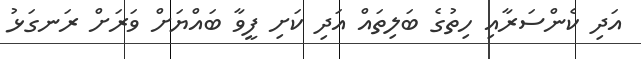
އަދި ކެންސަރާއި ހިތުގެ ބަލިތައް އަދި ކަށި ފީވާ ބައްޔަށް ވަރަށް ރަނގަޅު